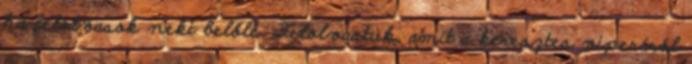
ha felolvasok neki belőle. Felolvastuk, amit a keresztes viperáról